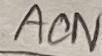
Text: ACN